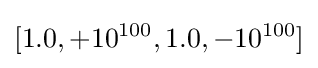
[1.0,+10^{100},1.0,-10^{100}]